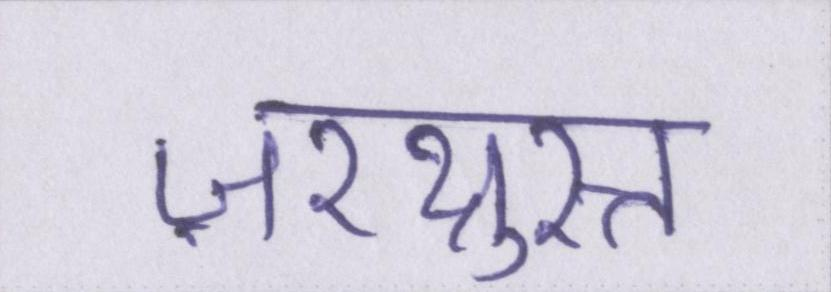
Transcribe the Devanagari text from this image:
ज़रथ्रुस्त